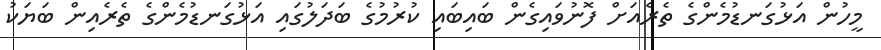
މީހުން އަޅުގަނޑުމެންގެ ތެރެއަށް ފޮނުވައިގެން ބައިބައި ކުރުމުގެ ބަދަލުގައި އަޅުގަނޑުމެންގެ ތެރެއިން ބަޔަކު